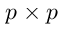
p \times p